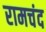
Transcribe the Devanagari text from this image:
रामचंद